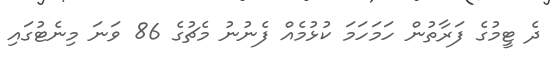
ދެ ޓީމުގެ ފަރާތުން ހަމަހަމަ ކުޅުމެއް ފެނުނު މެޗުގެ 86 ވަނަ މިނެޓުގައި